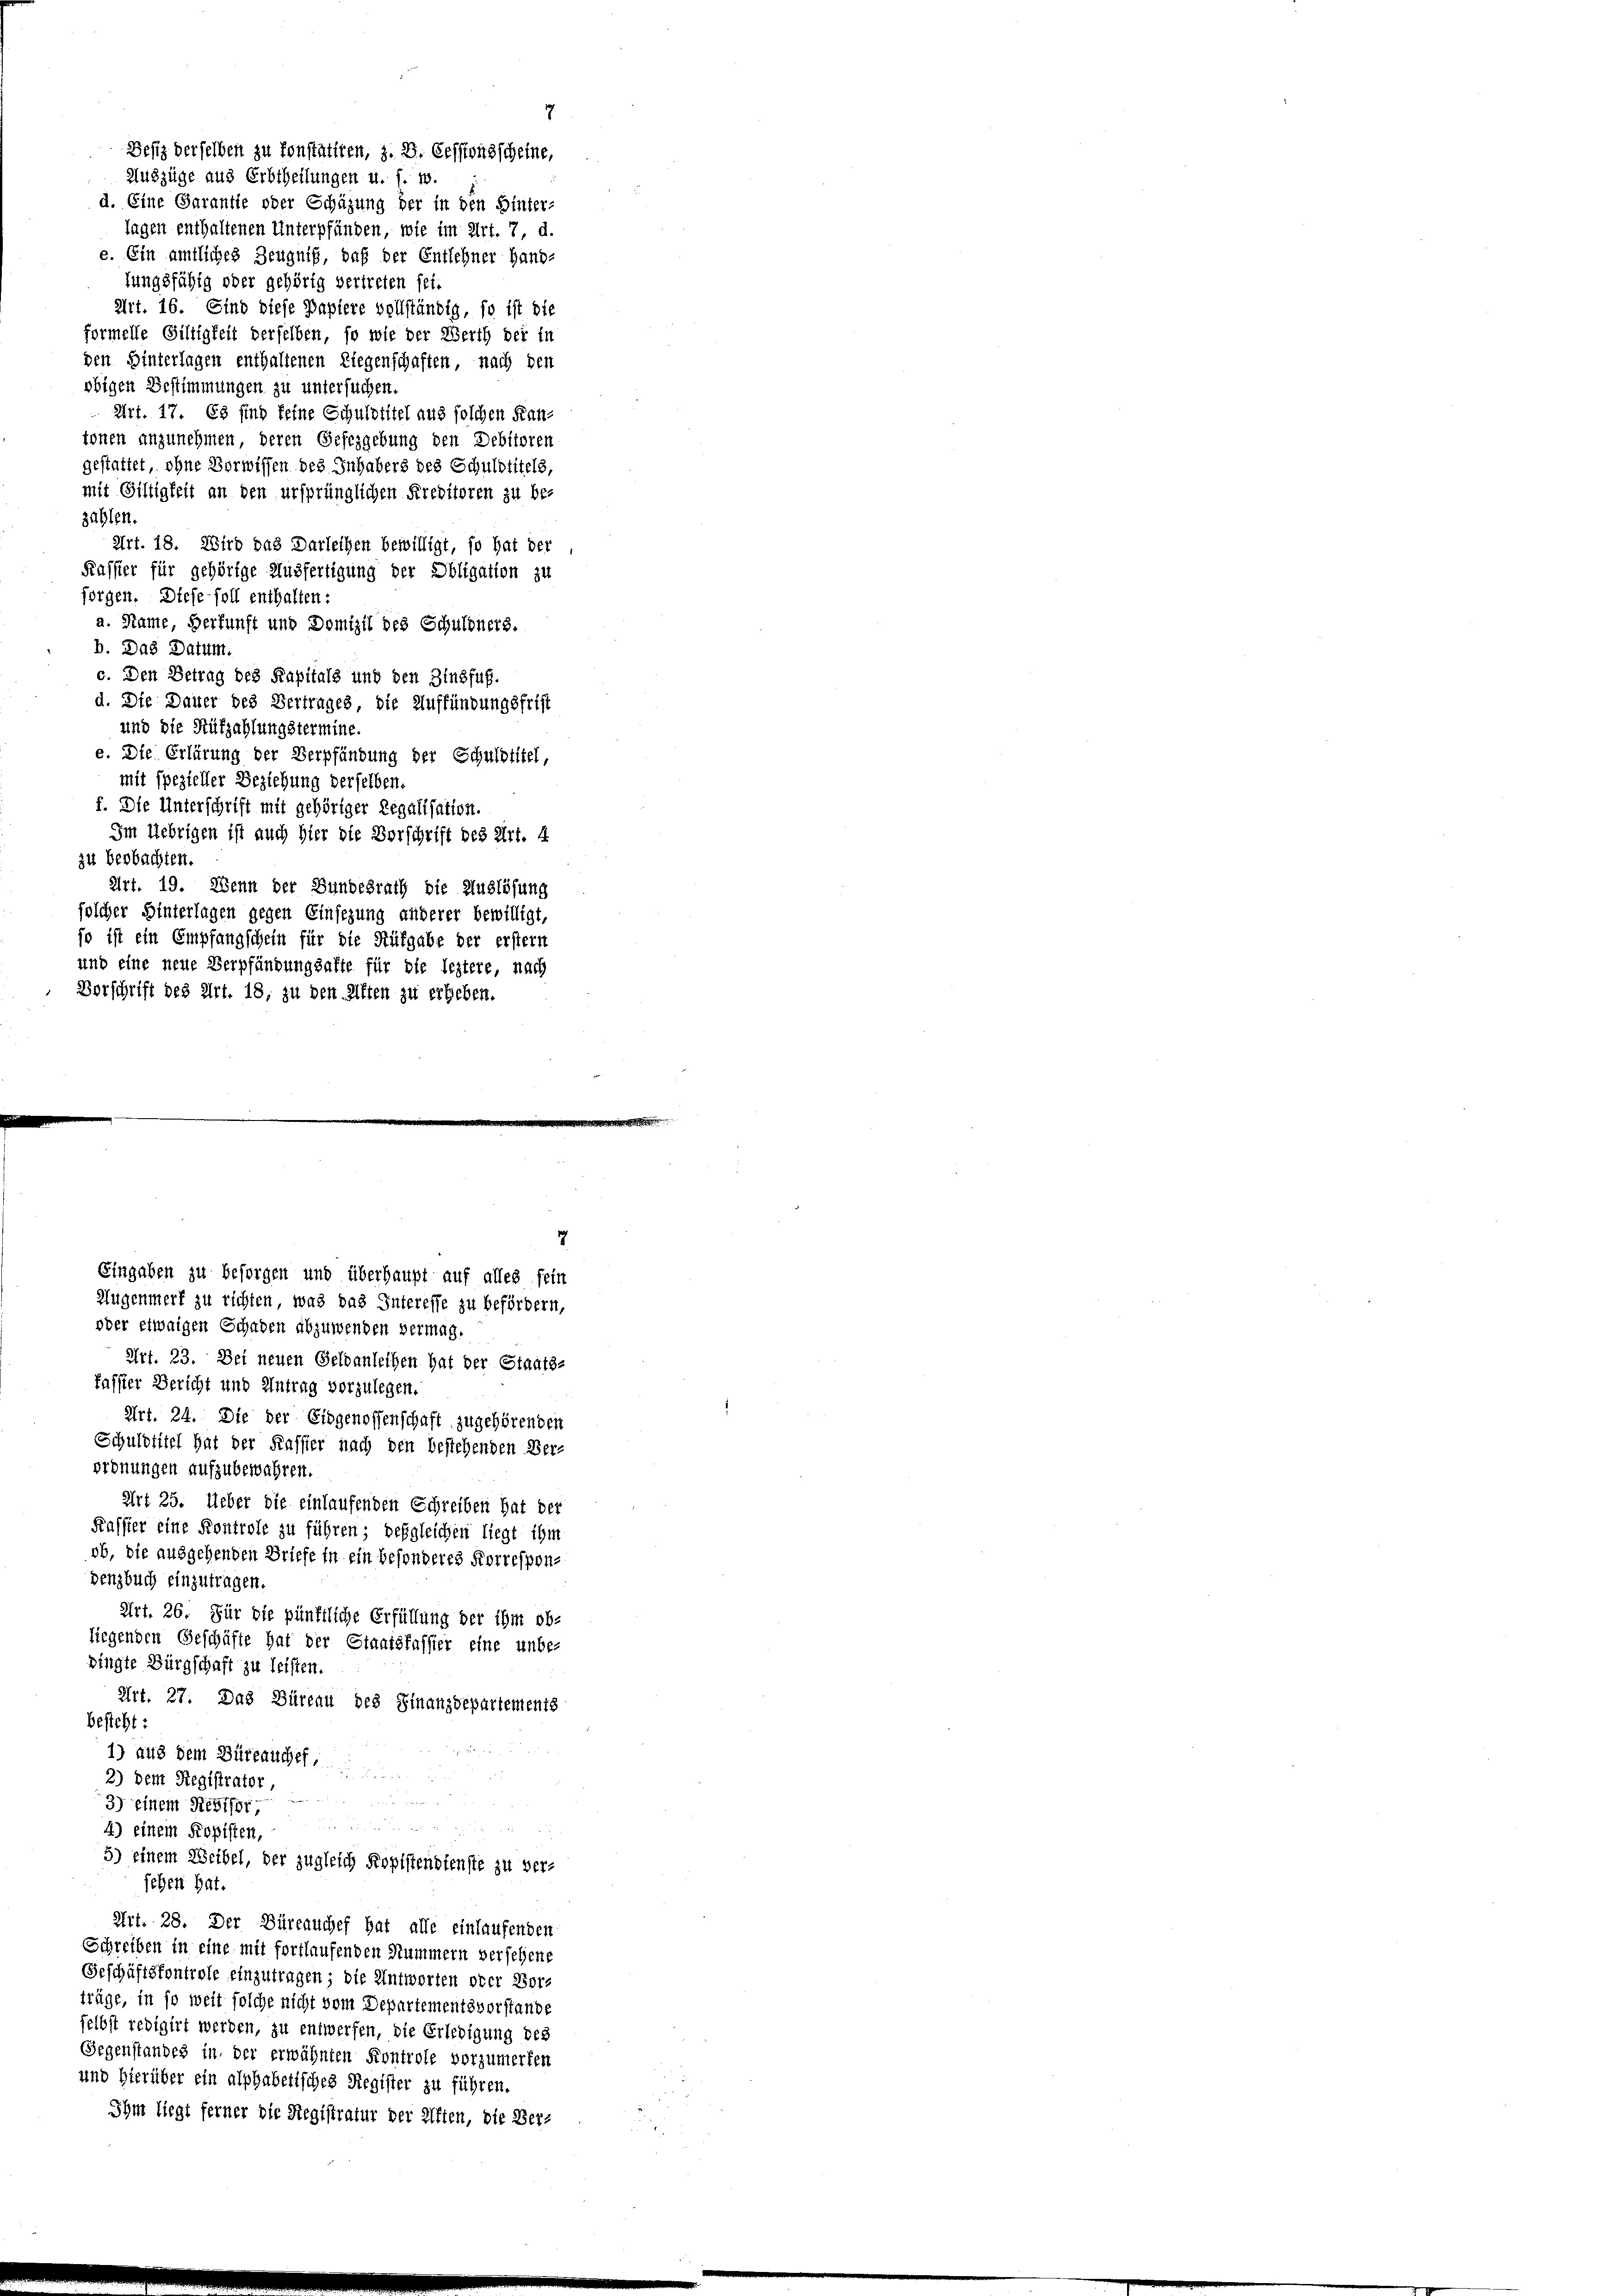
Defiz derselben zu konstatten, z. B. Cessionsscheine,
Auszüge aus Erbtheilungen u. s. w
d. Eine Garantie oder Schäzung der in den Hinter-
lagen enthaltenen Unterpfänden, wie im Art. 7, d.
e. Ein amtliches Zeugniß, daß der Entlehner hand-
fungsfähig oder gehörig vertreten sei.
Art. 16. Sind diese Papiere vollständig, so ist die
formelle Giltigkeit derselben, so wie der Werth der in
den Hinterlagen enthaltenen Liegenschaften, nach den
obigen Bestimmungen zu untersuchen.
Art. 17. Es sind feine Schuldtitel aus solchen Kan-
tonen anzunehmen, deren Gesezgebung den Debitoren
gestattet, ohne Vorwissen des Inhabers des Schuldtitels,
mit Giltigkeit an den ursprünglichen Kreditoren zu be-
zahlen.
Art. 18. Wird das Darleihen bewilligt, so hat der
Kassier für gehörige Ausfertigung der Obligation zu
sorgen. Diefe soll enthalten:
a. Name, Herfunft und Domizil des Schuldners.
b. Das Datum.
c. Den Betrag des Kapitals und den Zinsfuß.
d. Die Dauer des Vertrages, die Auffündungsfrist
und die Rüfzahlungstermine
e. Die Erlärung der Verpfändung der Schuldtitel,
mit spezieller Beziehung derselben.
f. Die Unterschrift mit gehöriger Regalisation.
Im Uebrigen ist auch hier die Vorschrift des Art. 4
zu beobachten.
Art. 19. Wenn der Bundesrath die Auslösung
solcher Hinterlagen gegen Einsezung anderer bewilligt,
so ist ein Empfangschein für die Aufgabe der erstern
und eine neue Verpfändungsalte für die leztere, nach
Vorschrift des Art. 18, zu den Alten zu erheben.

7.

Eingaben zu besorgen und überhaupt auf alles sein
Augenmerk zu richten, was das Interesse zu befördern,

oder etwaigen Schaden abzuwenden vermag.
Art. 23. Dei neuen Geldanleihen hat der Staats-
fasser Bericht und Antrag vorzulegen.
Art. 24. Die der Eidgenossenschaft zugehörenden
Schuldtitel hat der Kassier nach den bestehenden Ver-
ordnungen aufzubewahren.
Art 25. Ueber die einlaufenden Schreiben hat der
Kafster eine Kontrole zu führen; desgleichen liegt ihm
ob, die ausgehenden Briefe in ein besonderes Korrespon-
denzbuch einzutragen.
Art. 26. Für die pünktliche Erfüllung der ihm ob-
liegenden Geschäfte hat der Staatsfassier eine unbe-
dingte Bürgschaft zu leisten.
Art. 27. Das Büreau des Finanzdepartements
besteht:
1) aus dem Büreauches,

2) dem Registrator,
e
 000 F
3) einem Regifer.
 40 xx
4) einem Kopisten,
5) einem Weibel, der zugleich Kopistendienste zu ver-
sehen hat.
Art. 28. Der Büreauches hat alle einlaufenden
Schreiben in eine mit fortlaufenden Nummern versehene
Geschäftsfontrole einzutragen; die Antworten oder Vorträge, in so weit solche nicht vom Departementsvorstande
selbst redigirt werden, zu entwerfen, die Erledigung des
Gegenstandes in der erwähnten Kontrole vorzumerken
und hierüber ein alphabetisches Register zu führen.
Ihm liegt ferner die Registratur der Giften, die Ver-